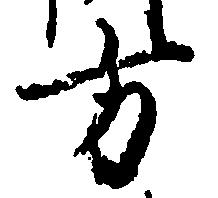
方